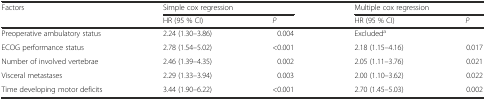
<table><thead><tr><td rowspan="2"><b>Factors</b></td><td colspan="2"><b>Simple cox regression</b></td><td colspan="2"><b>Multiple cox regression</b></td></tr><tr><td><b>HR (95 % CI)</b></td><td><b><i>P</i></b></td><td><b>HR (95 % CI)</b></td><td><b><i>P</i></b></td></tr></thead><tbody><tr><td>Preoperative ambulatory status</td><td>2.24 (1.30–3.86)</td><td>0.004</td><td colspan="2">Excluded<sup>a</sup></td></tr><tr><td>ECOG performance status</td><td>2.78 (1.54–5.02)</td><td>&lt;0.001</td><td>2.18 (1.15–4.16)</td><td>0.017</td></tr><tr><td>Number of involved vertebrae</td><td>2.46 (1.39–4.35)</td><td>0.002</td><td>2.05 (1.11–3.76)</td><td>0.021</td></tr><tr><td>Visceral metastases</td><td>2.29 (1.33–3.94)</td><td>0.003</td><td>2.00 (1.10–3.62)</td><td>0.022</td></tr><tr><td>Time developing motor deficits</td><td>3.44 (1.90–6.22)</td><td>&lt;0.001</td><td>2.70 (1.45–5.03)</td><td>0.002</td></tr></tbody></table>